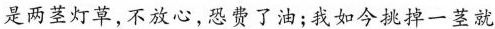
是两茎灯草，不放心，恐费了油；我如今挑掉一茎就